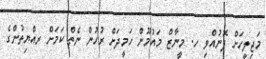
މަޖިލީހަށް ފޮނުއްވި ހ. މީނާޒް މައުމޫން ހަމީދަށް ރުހުން ނެތް ކަމަށް ރއްޔިތުންގެ